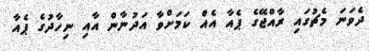
ދެވަނަ މެޗުގައި ރާއްޖޭގެ ޕެއާ އެއް ކަމަށްވާ އަދުނާން އާއި ނިހާދުގެ ޕެއާ